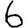
Digit: 6